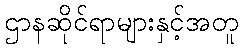
ဌာနဆိုင်ရာများနှင့်အတူ